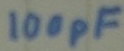
Text: 100pF